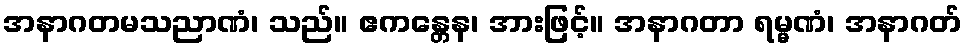
အနာဂတမသညာဏံ၊ သည်။ ဧကန္တေန၊ အားဖြင့်။ အနာဂတာ ရမ္မဏံ၊ အနာဂတ်